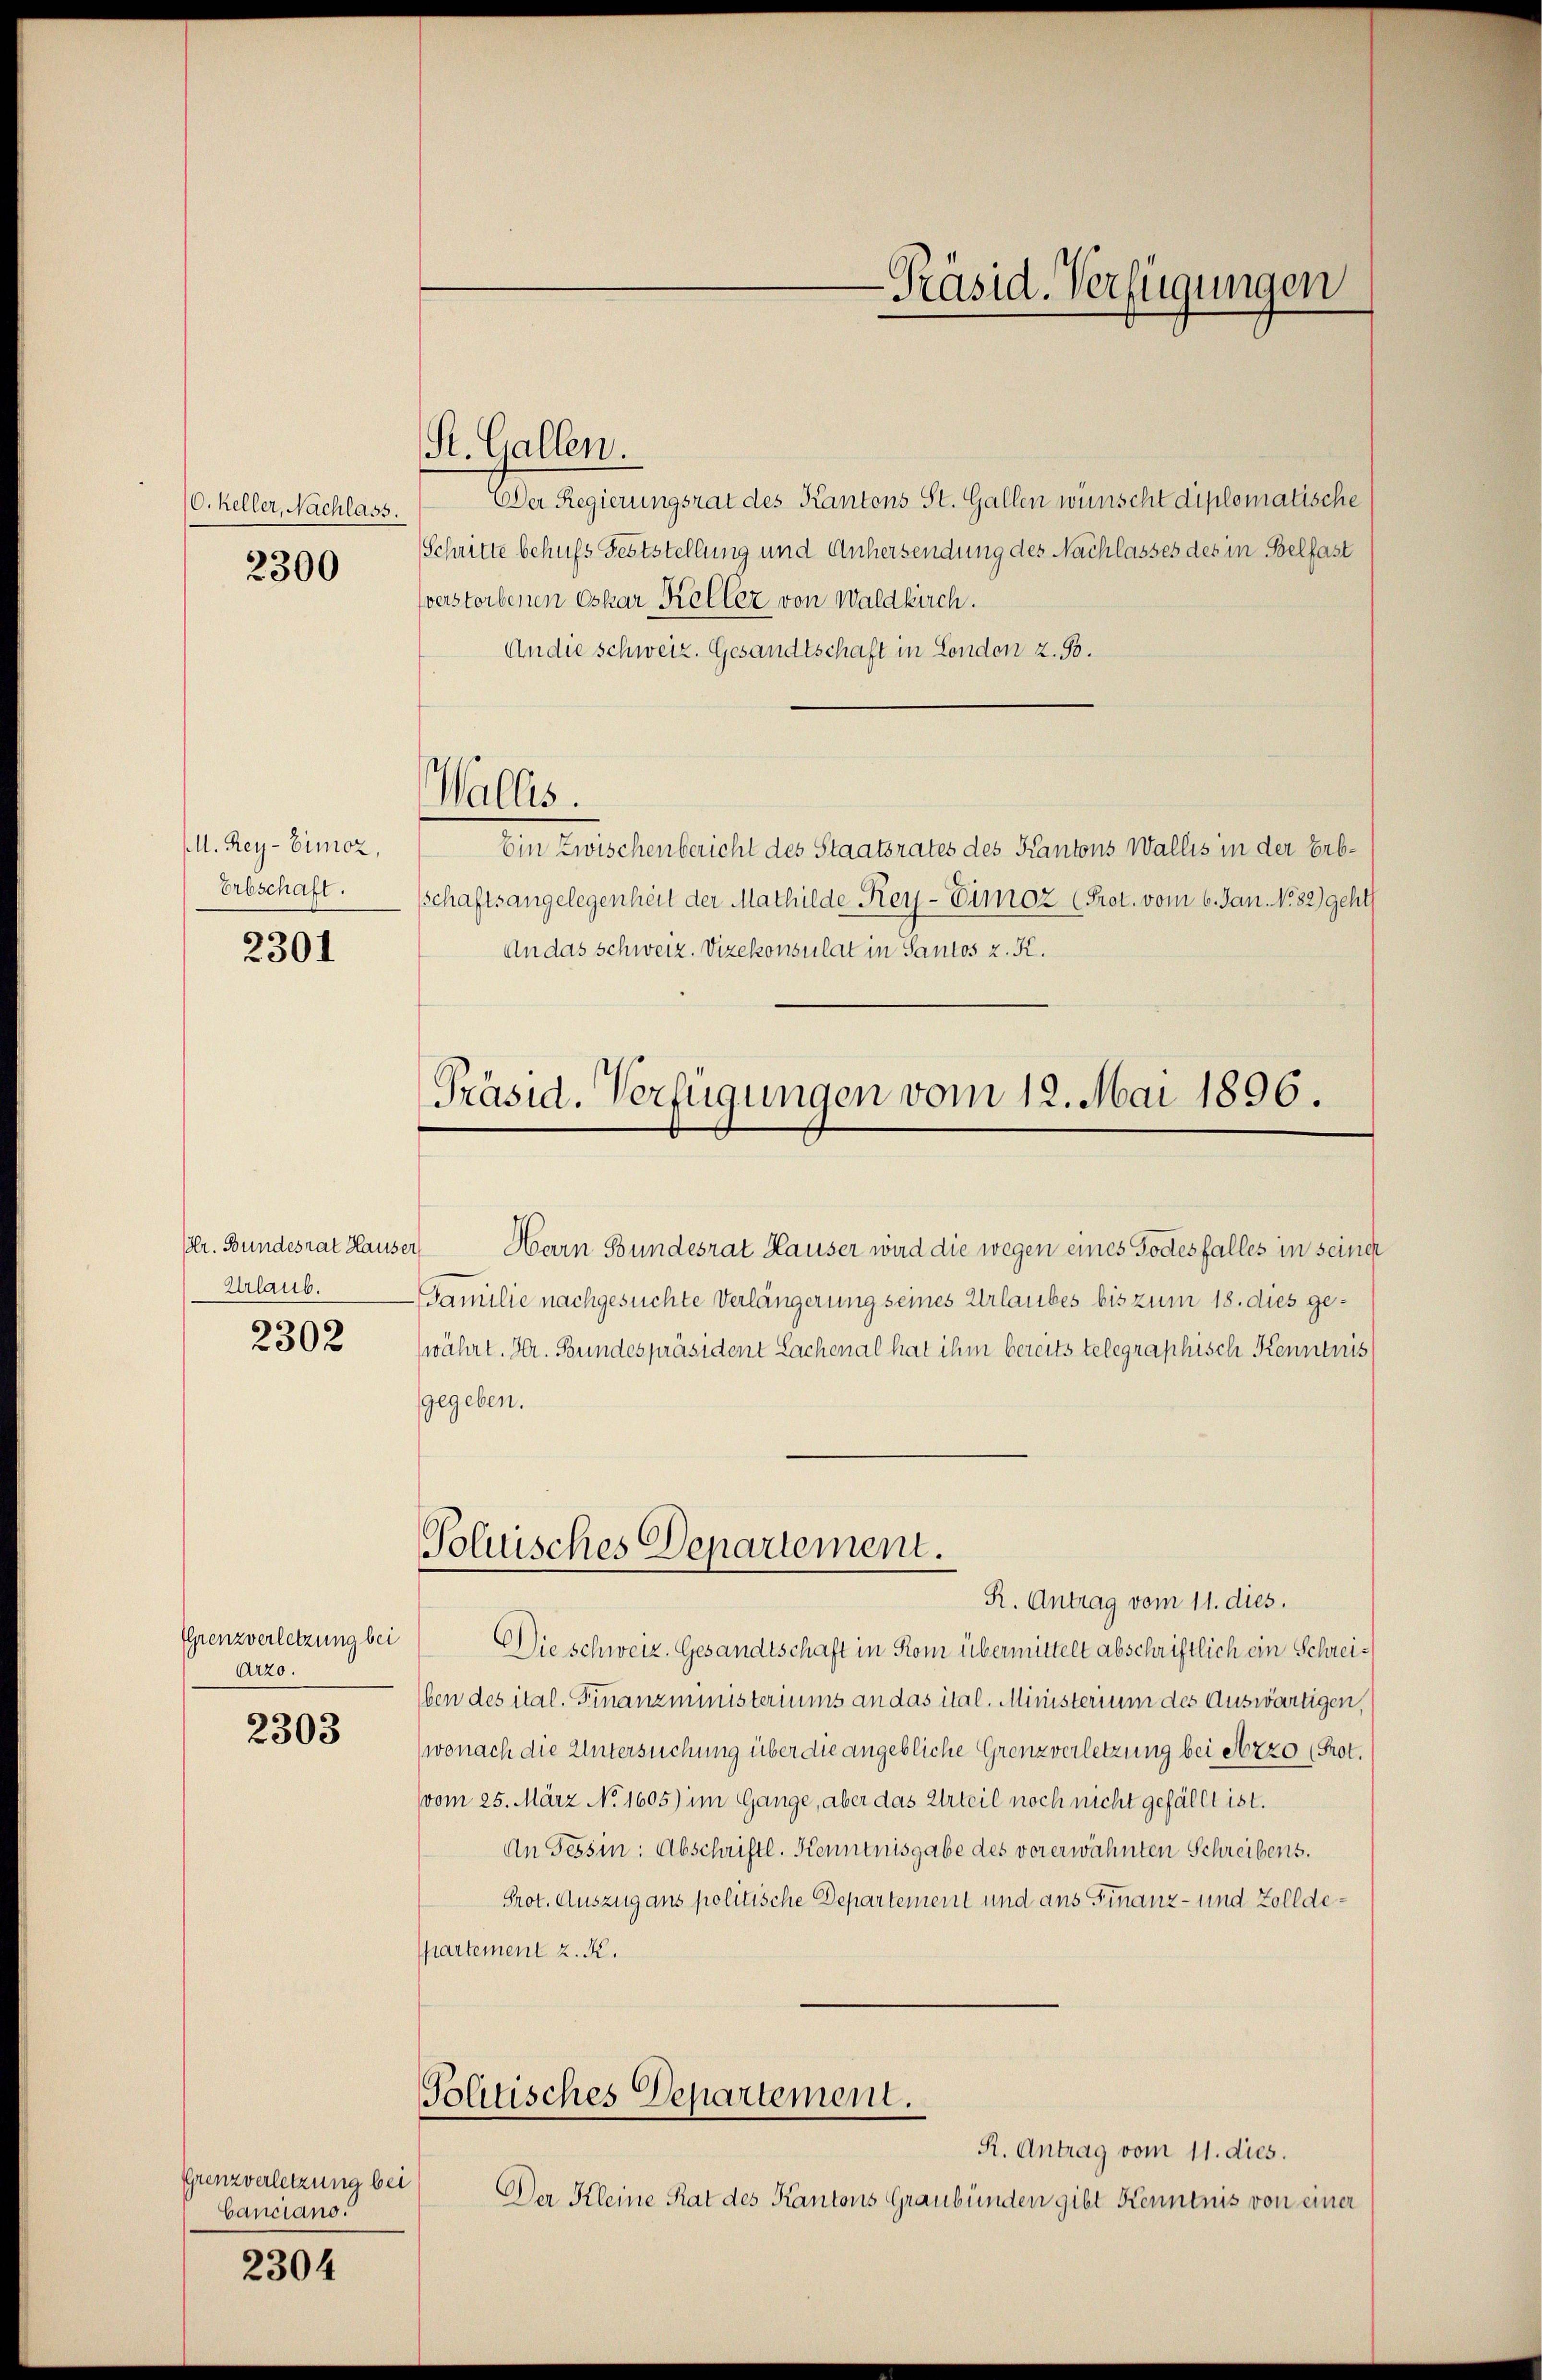
O. Keller, Nachlass.
2300

M. Rey-Eimoz,
Erbschaft.

2301

r. Bundesrat Hause
Urlaub.

2302

Erenzverletzung bei
Arzo.

2303

Grenzverletzung bei
Canciano.
2304

Der Regierungsrat des Kantons St. Gallen wünscht diplomatische
Schritte behufs Feststellung und Anhersendung des Nachlasses des in Belfast
verstorbenen Oskar Koller von Waldkirch.
An die schweiz. Gesandtschaft in London z. B.
Wallis.
Ein Zwischenbericht des Staatsrates des Kantons Wallis in der Erbschaftsangelegenheit der Mathilde „Rey-Eimoz (Prot. vom 6. Jan. 1882) geht
An das Schweiz. Vizekonsulat in Santos z. K.
Präsid. Verfügungen vom 12. Mai 1896.

St. Gallen.

Poluisches Departement.

-Präsid. Verfügungen

Harn Bundesrat Hauser wird die wegen eines Todesfalles in seiner
Familie nachgesuchte Verlängerung seines Urlaubes bis zum 18. dies ge¬
(währt. Hr. Bundespräsident Lachenal hat ihm bereits telegraphisch Kenntnis
gegeben.
R. Antrag vom 11. dies.
Die schweiz. Gesandtschaft in Rom übermittelt abschriftlich ein Schreiben des ital. Finanzministeriums an das ital. Ministerium des Auswärtigen,
(wonach die Untersuchung über die angebliche Grenzverletzung bei erzo (Prot.
vom 25. März No. 1605) im Gange, aber das Urteil noch nicht gefällt ist.
An Tessin: Abschriftl. Kenntnisgabe des vorerwähnten Schreibens.
Prot. Auszug ans politische Departement und ans Finanz- und Zollde¬
Phartement z. R.
Tolitisches Departement.
R. Antrag vom 11. dies.
Der Kleine Rat des Kantons Graubünden gibt Kenntnis von einer